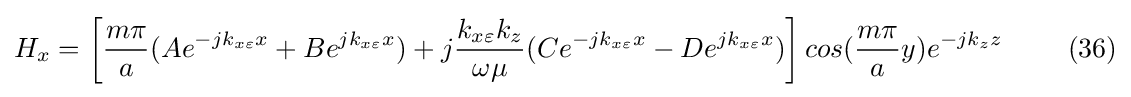
H_{x}=\left[{\frac {m\pi }{a}}(Ae^{-jk_{x\varepsilon }x}+Be^{jk_{x\varepsilon }x})+j{\frac {k_{x\varepsilon }k_{z}}{\omega \mu }}(Ce^{-jk_{x\varepsilon }x}-De^{jk_{x\varepsilon }x})\right]cos({\frac {m\pi }{a}}y)e^{-jk_{z}z}\ \ \ \ \ \ \ (36)